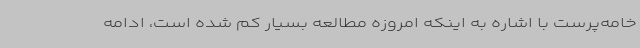
خامه‌پرست با اشاره به اینکه امروزه مطالعه بسیار کم شده است، ادامه